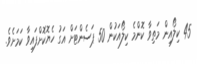
45 ކިލޯއިން މަތިވާ ކޮންމެ ކިލޯއަކުން 50 ޕަސެންޓަށް އަގު ހެޔޮކޮށްފައިވާ ކަމަށެވެ.